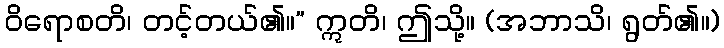
ဝိရောစတိ၊ တင့်တယ်၏။” ဣတိ၊ ဤသို့။ (အဘာသိ၊ ရွတ်၏။)